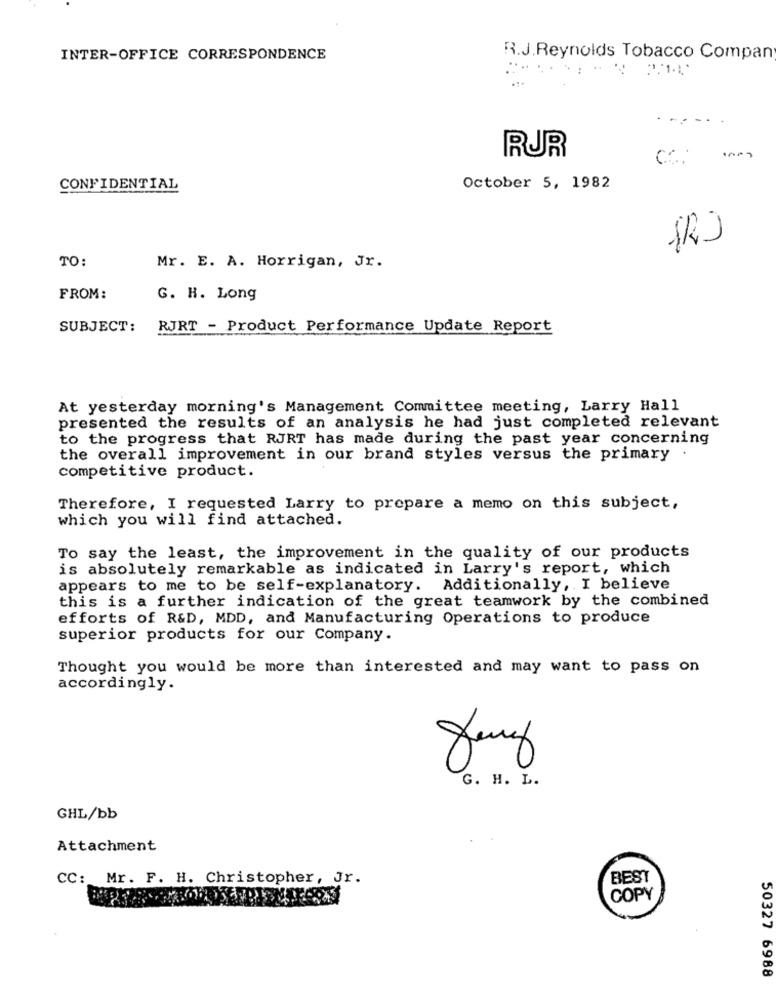
INTER-OFFICE CORRESPONDENCE
R.J.Reynolds Tobacco Compan
.......
RUR
CC. ... )
CONFIDENTIAL
October 5, 1982
TO:
Mr. E. A. Horrigan, Jr.
FROM:
G. H. Long
SUBJECT:
RJRT - Product Performance Update Report
At yesterday morning's Management Committee meeting, Larry Hall
presented the results of an analysis he had just completed relevant
to the progress that RJRT has made during the past year concerning
.
the overall improvement in our brand styles versus the primary
competitive product.
Therefore, I requested Larry to prepare a memo on this subject,
which you will find attached.
To say the least, the improvement in the quality of our products
is absolutely remarkable as indicated in Larry's report, which
appears to me to be self-explanatory. Additionally, I believe
this is a further indication of the great teamwork by the combined
efforts of R&D, MDD, and Manufacturing Operations to produce
superior products for our Company.
Thought you would be more than interested and may want to pass on
accordingly.
G. H. L.
GHL/bb
Attachment
CC: Mr. F. H. Christopher, Jr.
BEST
COPY
50327 6988